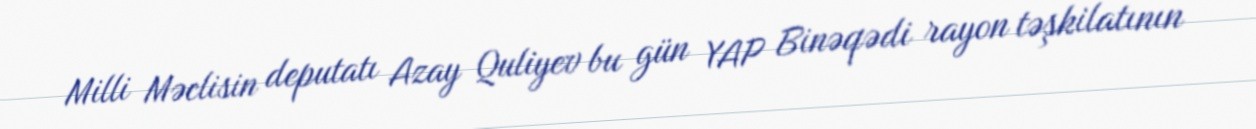
Milli Məclisin deputatı Azay Quliyev bu gün YAP Binəqədi rayon təşkilatının